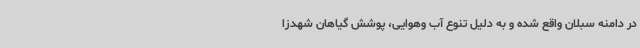
در دامنه سبلان واقع شده و به دلیل تنوع آب وهوایی، پوشش گیاهان شهدزا